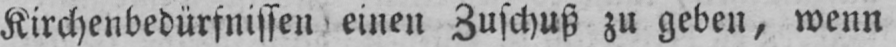
Kirchenbedürfnissen einen Zuschuß zu geben, wenn